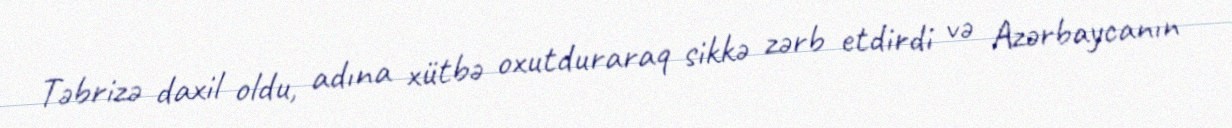
Təbrizə daxil oldu, adına xütbə oxutduraraq sikkə zərb etdirdi və Azərbaycanın